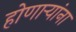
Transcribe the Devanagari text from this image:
होणाऱ्यांना